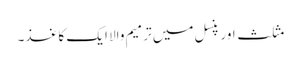
مثلث اور پنسل میں ترمیم والا ایک کاغذ۔